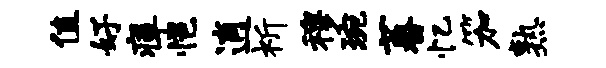
值好瘴悒逍祈穆琬蕃忆笳熟